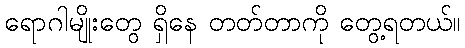
ရောဂါမျိုးတွေ ရှိနေ တတ်တာကို တွေ့ရတယ်။